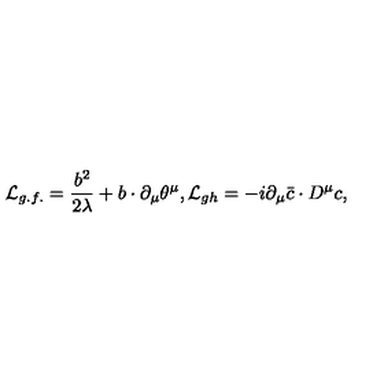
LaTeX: { \cal L } _ { g . f . } = \frac { b ^ { 2 } } { 2 \lambda } + b \cdot \partial _ { \mu } \theta ^ { \mu } , { \cal L } _ { g h } = - i \partial _ { \mu } { \bar { c } } \cdot D ^ { \mu } c ,